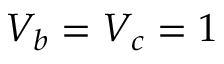
V _ { b } = V _ { c } = 1